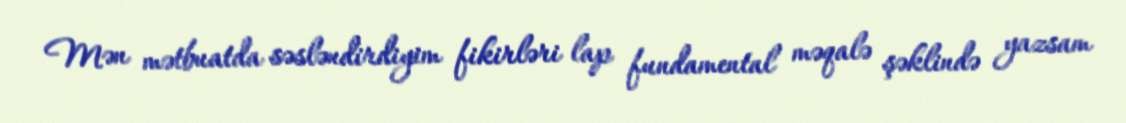
Mən mətbuatda səsləndirdiyim fikirləri lap fundamental məqalə şəklində yazsam